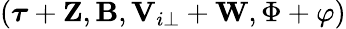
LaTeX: (\boldsymbol{\tau}+\mathbf{Z},\mathbf B,\mathbf V_{i\perp}+\mathbf{W},\Phi+\varphi)